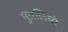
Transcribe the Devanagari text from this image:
पुतलियो